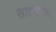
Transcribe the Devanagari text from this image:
साक्ष्यभार